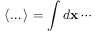
\langle \dots \rangle = \int d \mathbf { x } \cdots